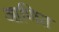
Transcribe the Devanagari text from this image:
आणित